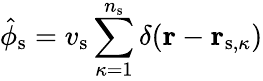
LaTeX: \hat{\phi}_{\mathrm{s}}=v_{\mathrm{s}}\sum_{\kappa=1}^{n_{\mathrm{s}}}\delta(\mathbf{r}-\mathbf{r}_{\mathrm{s},\kappa})